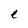
Character: e